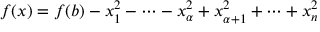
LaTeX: f ( x ) = f ( b ) - x _ { 1 } ^ { 2 } - \cdots - x _ { \alpha } ^ { 2 } + x _ { \alpha + 1 } ^ { 2 } + \cdots + x _ { n } ^ { 2 }